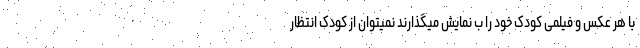
با هر عکس و فیلمی کودک خود را ب نمایش میگذارند نمیتوان از کودک انتظار